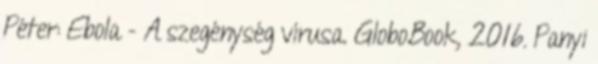
Péter: Ebola - A szegénység vírusa. GloboBook, 2016. Panyi